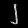
Digit: ၂